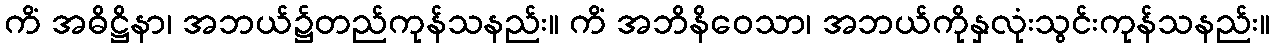
ကိံ အဓိဋ္ဌိနာ၊ အဘယ်၌တည်ကုန်သနည်း။ ကိံ အဘိနိဝေသာ၊ အဘယ်ကိုနှလုံးသွင်းကုန်သနည်း။